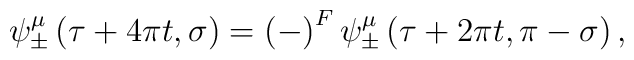
\psi^\mu_{\pm}\left( \tau + 4\pi t, \sigma\right)  =  \left( -\right)^F\psi^\mu_{\pm}\left(   \tau + 2\pi t,\pi -\sigma\right) ,